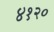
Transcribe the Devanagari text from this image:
४१२०